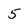
Character: 5